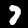
Label: 7